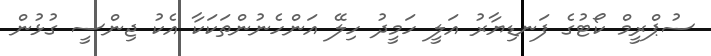
ސުޕްރީމް ކޯޓުގެ ފަނޑިޔާރު އަލީ ހަމީދު ހިލޭ އަންހެނުންތަކަކާ އެކު ޖިންސީ ގުޅުން